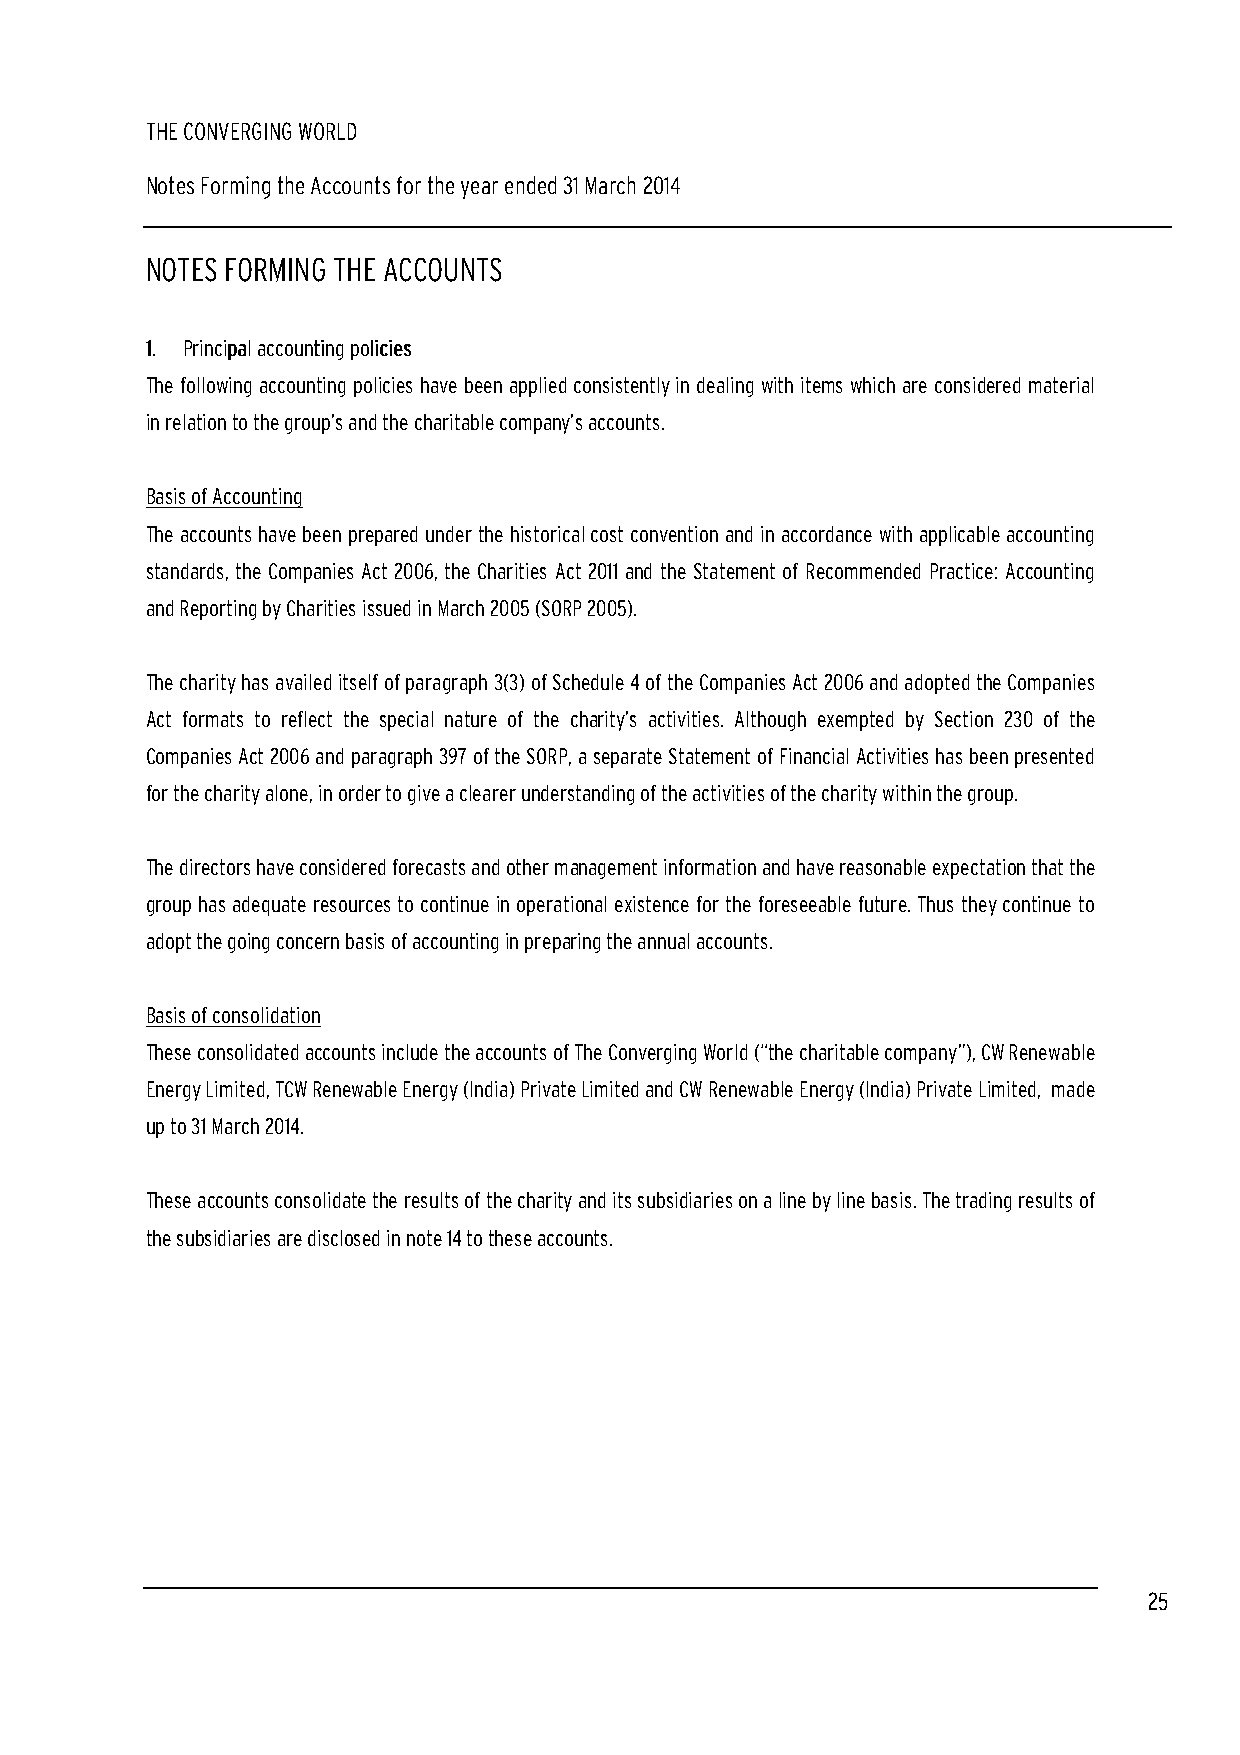
THE CONVERGING WORLD
 Notes Forming the Accounts for the year ended 31 March 2014
 NOTES FORMING THE ACCOUNTS
 1111.... PPPPrrrriiiinnnncccciiiippppaaaallll aaaaccccccccoooouuuunnnnttttiiiinnnngggg ppppoooolllliiiicccciiiieeeessss
 The following accounting policies have been applied consistently in dealing with items which are considered material
 in relation to the group’s and the charitable company’s accounts.
 Basis of Accounting
 The accounts have been prepared under the historical cost convention and in accordance with applicable accounting
 standards, the Companies Act 2006, the Charities Act 2011 and the Statement of Recommended Practice: Accounting
 and Reporting by Charities issued in March 2005 (SORP 2005).
 The charity has availed itself of paragraph 3(3) of Schedule 4 of the Companies Act 2006 and adopted the Companies
 Act formats to reflect the special nature of the charity’s activities. Although exempted by Section 230 of the
 Companies Act 2006 and paragraph 397 of the SORP, a separate Statement of Financial Activities has been presented
 for the charity alone, in order to give a clearer understanding of the activities of the charity within the group.
 The directors have considered forecasts and other management information and have reasonable expectation that the
 group has adequate resources to continue in operational existence for the foreseeable future. Thus they continue to
 adopt the going concern basis of accounting in preparing the annual accounts.
 Basis of consolidation
 These consolidated accounts include the accounts of The Converging World (“the charitable company”), CW Renewable
 Energy Limited, TCW Renewable Energy (India) Private Limited and CW Renewable Energy (India) Private Limited, made
 up to 31 March 2014.
 These accounts consolidate the results of the charity and its subsidiaries on a line by line basis. The trading results of
 the subsidiaries are disclosed in note 14 to these accounts.
 25